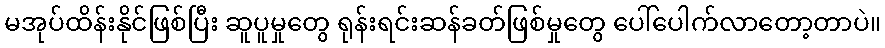
မအုပ်ထိန်းနိုင်ဖြစ်ပြီး ဆူပူမှုတွေ ရုန်းရင်းဆန်ခတ်ဖြစ်မှုတွေ ပေါ်ပေါက်လာတော့တာပဲ။